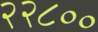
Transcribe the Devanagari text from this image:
२२८००